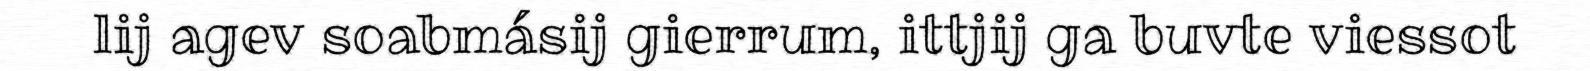
lij agev soabmásij gierrum, ittjij ga buvte viessot